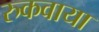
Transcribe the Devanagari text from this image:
रुकवाया